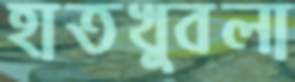
হাতখুবলা